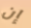
إن